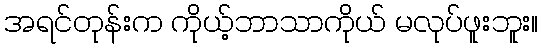
အရင်တုန်းက ကိုယ့်ဘာသာကိုယ် မလုပ်ဖူးဘူး။